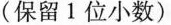
(保留1位小数)